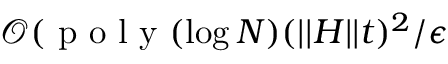
\mathcal { O } ( \mathrm { ~ p ~ o ~ l ~ y ~ } ( \log N ) ( \vert \vert H \vert \vert t ) ^ { 2 } / \epsilon